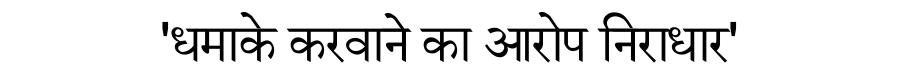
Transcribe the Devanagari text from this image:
'धमाके करवाने का आरोप निराधार'